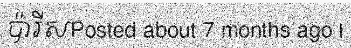
ប៉ារីសPosted about 7 months ago |